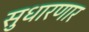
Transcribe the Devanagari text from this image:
सुधारणार